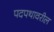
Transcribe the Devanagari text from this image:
पदपथावरील